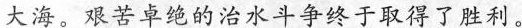
大海。艰苦卓绝的治水斗争终于取得了胜利。